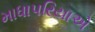
માધાપરિયાએ